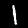
Label: 1